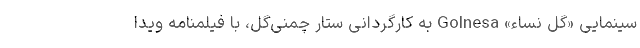
سینمایی «گل نساء» Golnesa به کارگردانی ستار چمنی‌گل، با فیلمنامه ویدا